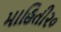
માહિતી૨૦